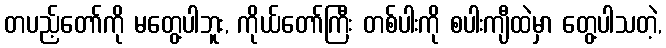
တပည့်တော်ကို မတွေ့ပါဘူး, ကိုယ်တော်ကြီး တစ်ပါးကို စပါးကျီထဲမှာ တွေ့ပါသတဲ့,